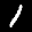
Label: 1